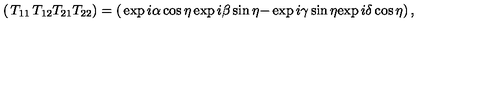
\left( \begin{matrix} { T _ { 1 1 } } & { } & { T _ { 1 2 } } \\ { T _ { 2 1 } } & { } & { T _ { 2 2 } } \\ \end{matrix} \right) = \left( \begin{matrix} { \exp { i \alpha } \cos { \eta } } & { } & { \exp { i \beta } \sin { \eta } } \\ { - \exp { i \gamma } \sin { \eta } } & { } & { \exp { i \delta } \cos { \eta } } \\ \end{matrix} \right) ,